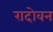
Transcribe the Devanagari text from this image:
रादोवन